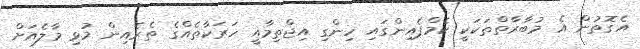
އެގޮތުން އެ މުބާރާތްތަކަކީ ކެމްޕެއިންގައި ހިންގި އިޖްތިމާއީ ހަރަކާތެއްގެ ތެރެއިން މުޅި މާލެއަށް